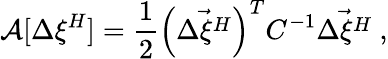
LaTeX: \mathcal{A}[\Delta\xi^{H}]=\frac 12\left(\vec{\Delta\xi^{H}}\right)^{T}C^{-1}\vec{\Delta\xi^{H}}\ ,